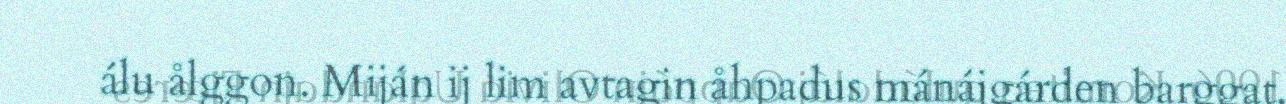
álu ålggon. Miján ij lim avtagin åhpadus mánájgárden barggat,